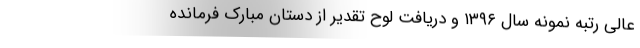
عالی رتبه نمونه سال ۱۳۹۶ و دریافت لوح تقدیر از دستان مبارک فرمانده